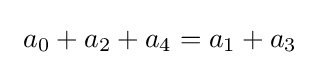
\ a_{0}+a_{2}+a_{4}=a_{1}+a_{3}\